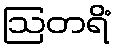
ဩတရိံ